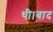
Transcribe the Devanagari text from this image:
थी।बाद